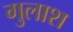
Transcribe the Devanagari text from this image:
गुलाश